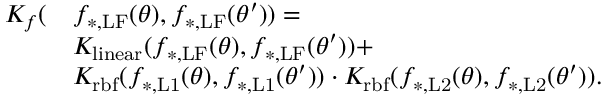
\begin{array} { r l } { K _ { f } ( } & { f _ { \mathrm { * , L F } } ( \boldsymbol { \theta } ) , f _ { \mathrm { * , L F } } ( \boldsymbol { \theta } ^ { \prime } ) ) = } \\ & { K _ { \mathrm { l i n e a r } } ( f _ { \mathrm { * , L F } } ( \boldsymbol { \theta } ) , f _ { \mathrm { * , L F } } ( \boldsymbol { \theta } ^ { \prime } ) ) + } \\ & { K _ { \mathrm { r b f } } ( f _ { \mathrm { * , L 1 } } ( \boldsymbol { \theta } ) , f _ { \mathrm { * , L 1 } } ( \boldsymbol { \theta } ^ { \prime } ) ) \cdot K _ { \mathrm { r b f } } ( f _ { \mathrm { * , L 2 } } ( \boldsymbol { \theta } ) , f _ { \mathrm { * , L 2 } } ( \boldsymbol { \theta } ^ { \prime } ) ) . } \end{array}